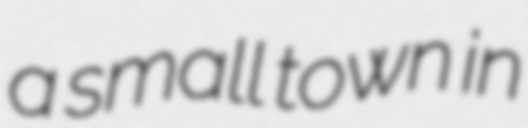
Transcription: a small town in